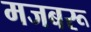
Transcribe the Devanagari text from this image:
मजबरू